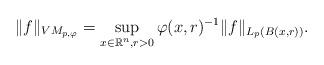
LaTeX: \begin{align*}\Vert f\Vert_{VM_{p,\varphi}}=\sup \limits_{x\in{\mathbb{R}^{n}},r>0}\varphi(x,r)^{-1}\Vert f\Vert_{L_{p}(B(x,r))}.\end{align*}